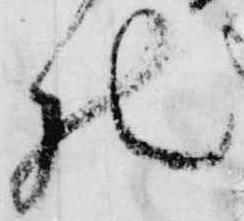
仕